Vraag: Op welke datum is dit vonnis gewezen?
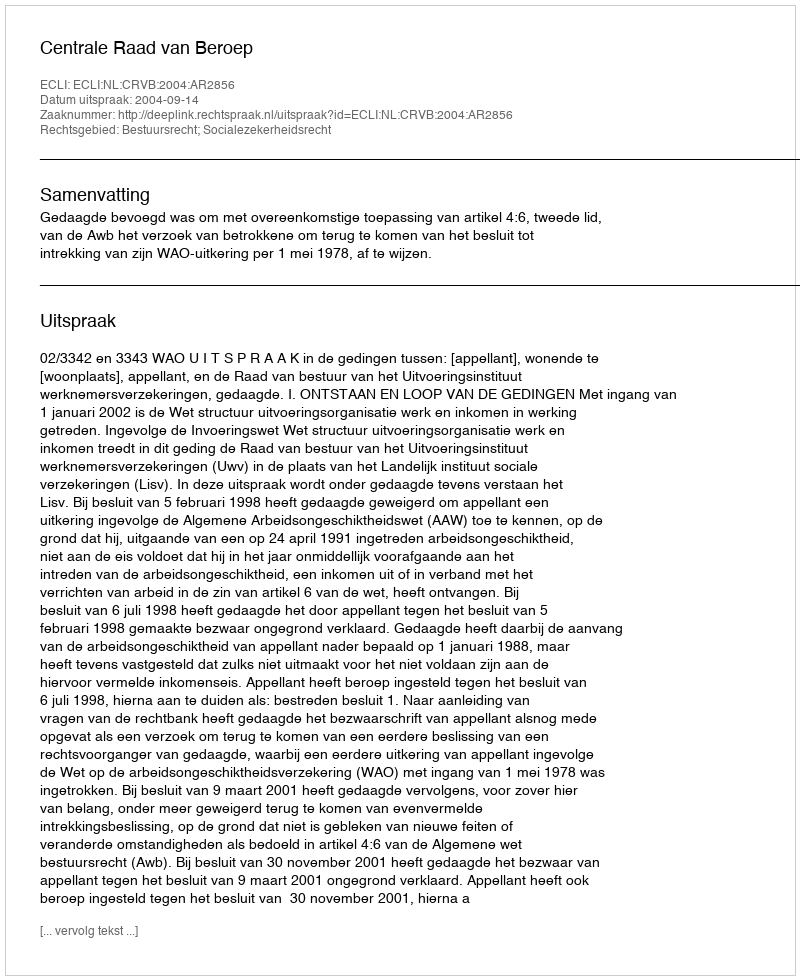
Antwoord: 2004-09-14